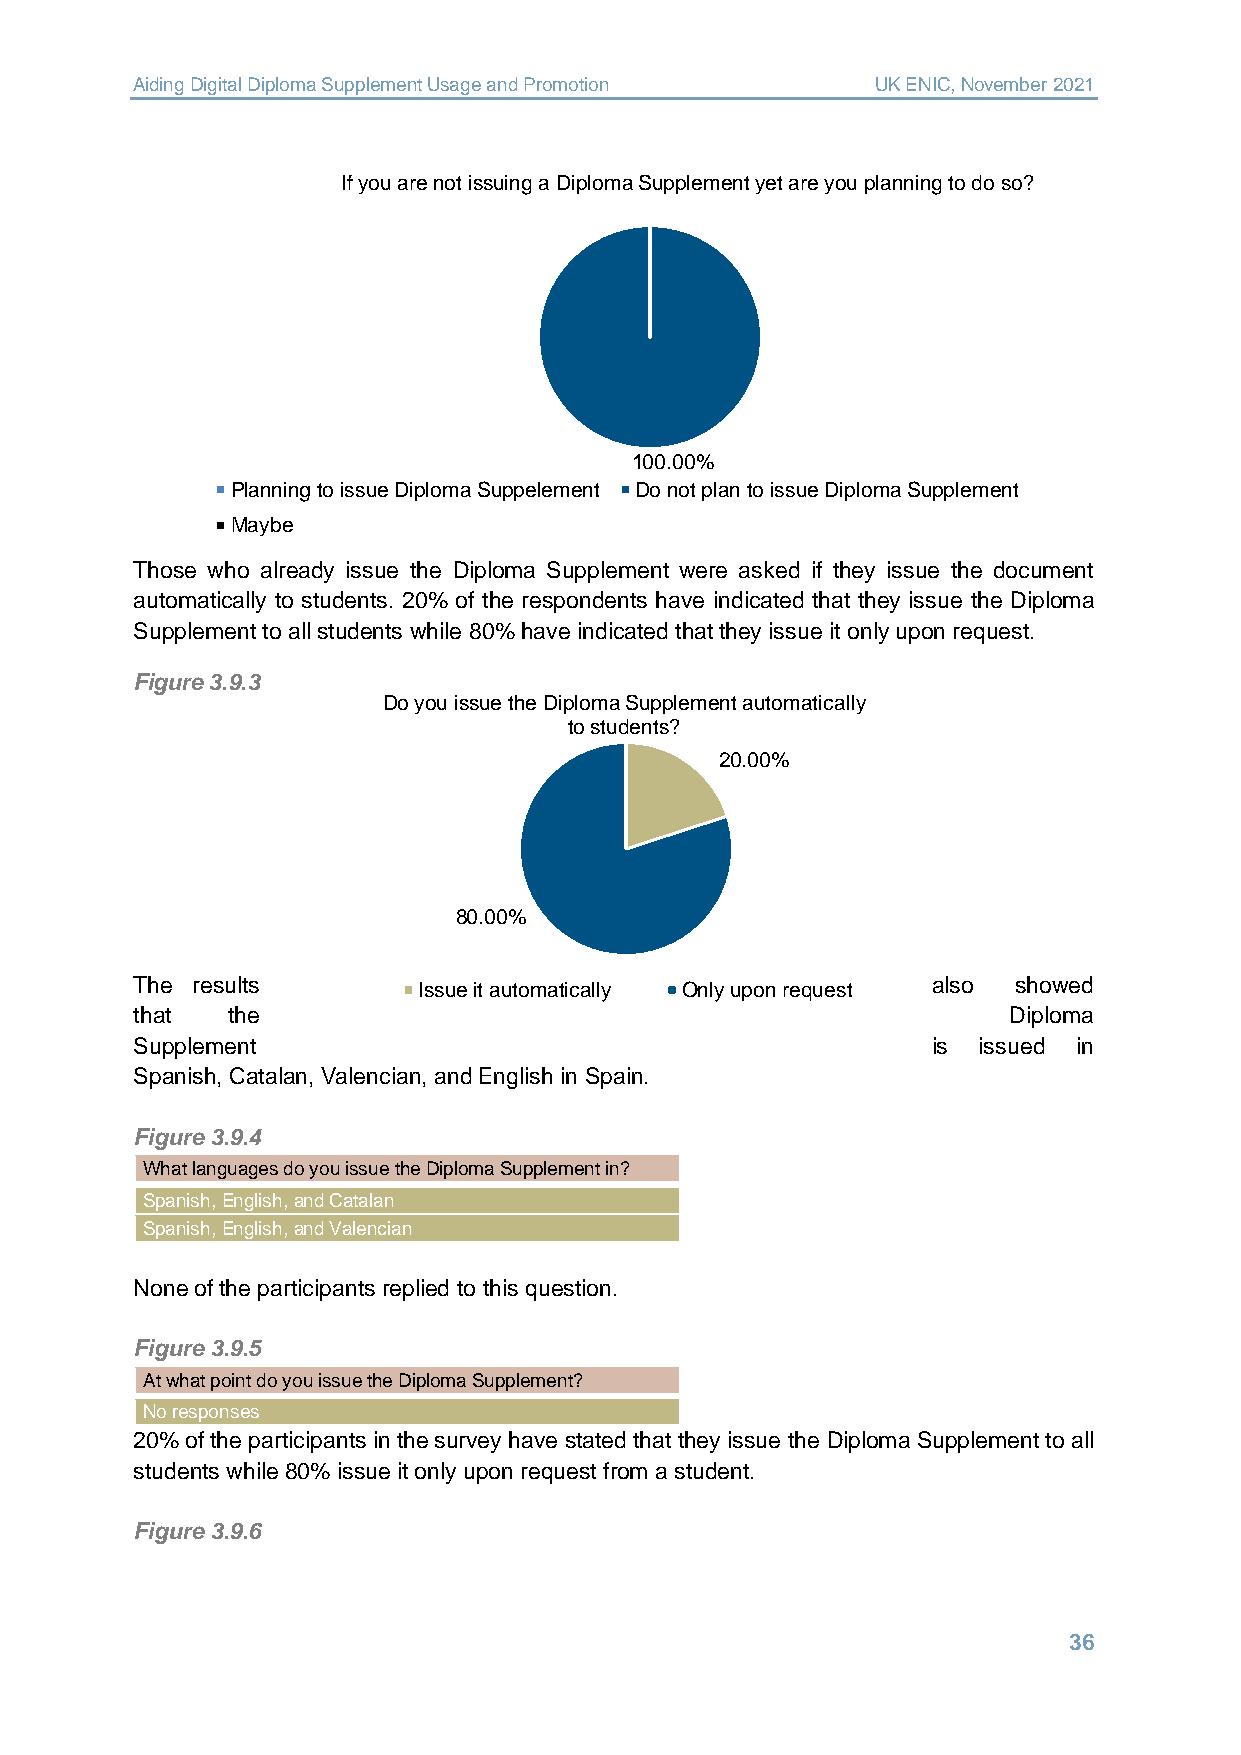
Aiding Digital Diploma Supplement Usage and Promotion UK ENIC, November 2021
 If you are not issuing a Diploma Supplement yet are you planning to do so?
 100.00%
 Planning to issue Diploma Suppelement Do not plan to issue Diploma Supplement
 Maybe
 Those who already issue the Diploma Supplement were asked if they issue the document
 automatically to students. 20% of the respondents have indicated that they issue the Diploma
 Supplement to all students while 80% have indicated that they issue it only upon request.
 Figure 3.9.3
 Do you issue the Diploma Supplement automatically
 to students?
 20.00%
 80.00%
 The results        Issue it automatically Only upon request also showed
 that  the                                                 Diploma
 Supplement                                           is issued in
 Spanish, Catalan, Valencian, and English in Spain.
 Figure 3.9.4
 What languages do you issue the Diploma Supplement in?
 Spanish, English, and Catalan
 Spanish, English, and Valencian
 None of the participants replied to this question.
 Figure 3.9.5
 At what point do you issue the Diploma Supplement?
 No responses
 20% of the participants in the survey have stated that they issue the Diploma Supplement to all
 students while 80% issue it only upon request from a student.
 Figure 3.9.6
 36